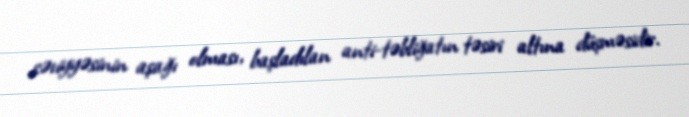
səviyyəsinin aşağı olması, başladılan anti-təbliğatın təsiri altına düşməsidir.